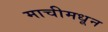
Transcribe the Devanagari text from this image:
माचीमधून